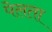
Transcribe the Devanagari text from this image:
पेलता